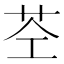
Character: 𮎥